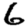
Digit: 6